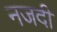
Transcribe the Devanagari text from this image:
नजदी